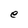
Character: e